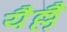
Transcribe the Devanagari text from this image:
यैल्लै